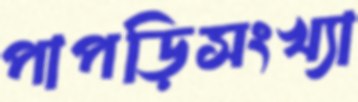
পাপড়িসংখ্যা